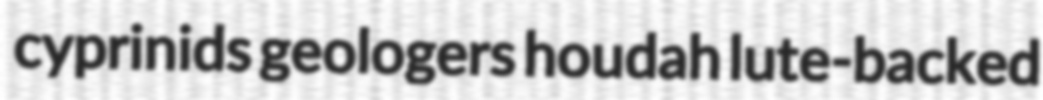
cyprinids geologers houdah lute-backed